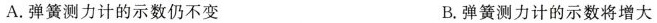
A. 弹簧测力计的示数仍不变 B. 弹簧测力计的示数将增大